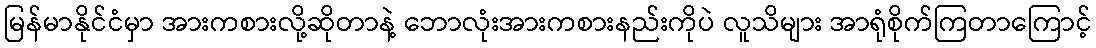
မြန်မာနိုင်ငံမှာ အားကစားလို့ဆိုတာနဲ့ ဘောလုံးအားကစားနည်းကိုပဲ လူသိများ အာရုံစိုက်ကြတာကြောင့်